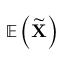
\mathbb { E } \left( \widetilde { \mathbf { X } } \right)